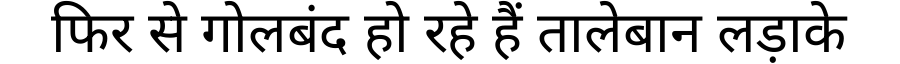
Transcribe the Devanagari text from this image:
फिर से गोलबंद हो रहे हैं तालेबान लड़ाके